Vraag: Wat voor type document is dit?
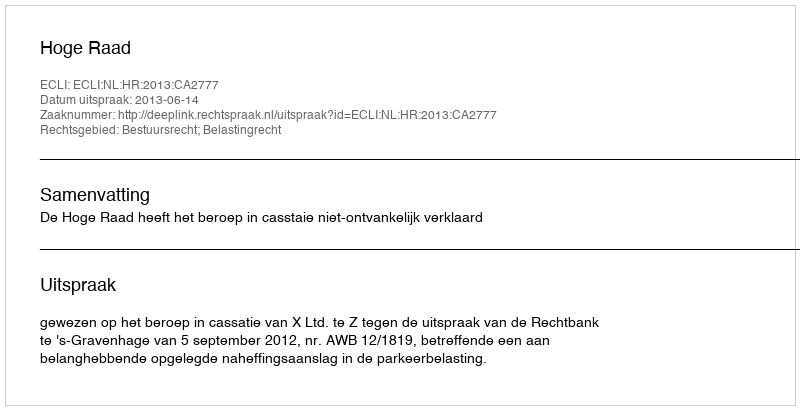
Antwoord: Uitspraak